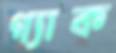
গ্যাক